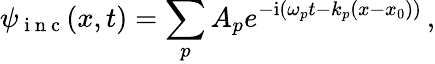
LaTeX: \psi_{\mathrm{~i~n~c~}}(x,t)=\sum_{p}A_{p}e^{-\mathrm{i}(\omega_{p}t-k_{p}(x-x_{0}))}\, ,